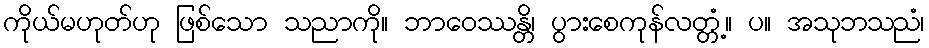
ကိုယ်မဟုတ်ဟု ဖြစ်သော သညာကို။ ဘာဝေဿန္တိ၊ ပွားစေကုန်လတ္တံ့။ ပ။ အသုဘသညံ၊